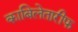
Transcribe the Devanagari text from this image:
काबिलेतारीफ